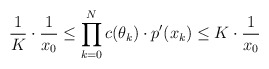
\begin{align*}\frac1K \cdot \frac1{x_0} \leq \prod \limits_{k=0}^N c(\theta_k) \cdot p'(x_k) \leq K \cdot \frac1{x_0}\end{align*}